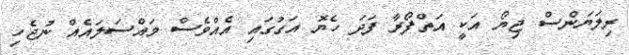
ރިލަޔަންސް ޖިޔޯ އަކީ އަތްފޯރާ ފަދަ ހެޔޮ އަގުގައި އެއްވެސް މައްސަލައެއް ނުޖެހި